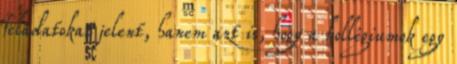
feladatokat jelent, hanem azt is, hogy a kollégiumok egy